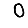
Digit: 0